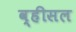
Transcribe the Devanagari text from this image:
व्हीसल